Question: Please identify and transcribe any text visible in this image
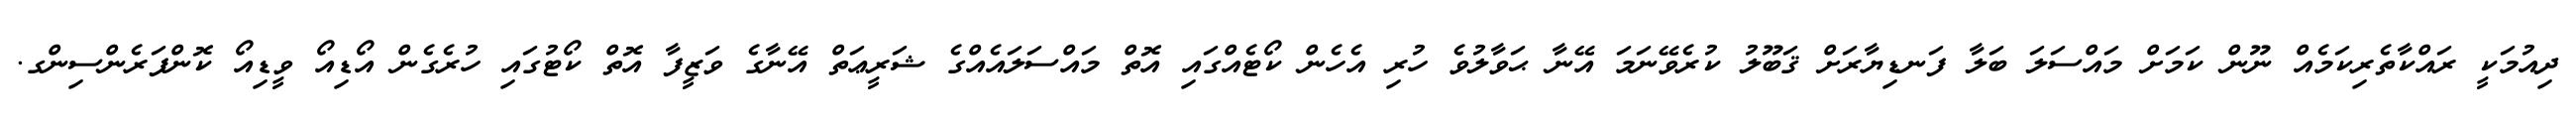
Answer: ދިއުމަކީ ރައްކާތެރިކަމެއް ނޫން ކަމަށް މައްސަލަ ބަލާ ފަނޑިޔާރަށް ޤަބޫލު ކުރެވޭނަމަ އޭނާ ޙަވާލުވެ ހުރި އެހެން ކޯޓެއްގައި އޮތް މައްސަލައެއްގެ ޝަރީޢަތް އޭނާގެ ވަޒީފާ އޮތް ކޯޓުގައި ހުރެގެން އޯޑިއޯ ވީޑިއޯ ކޮންފަރެންސިންގ.